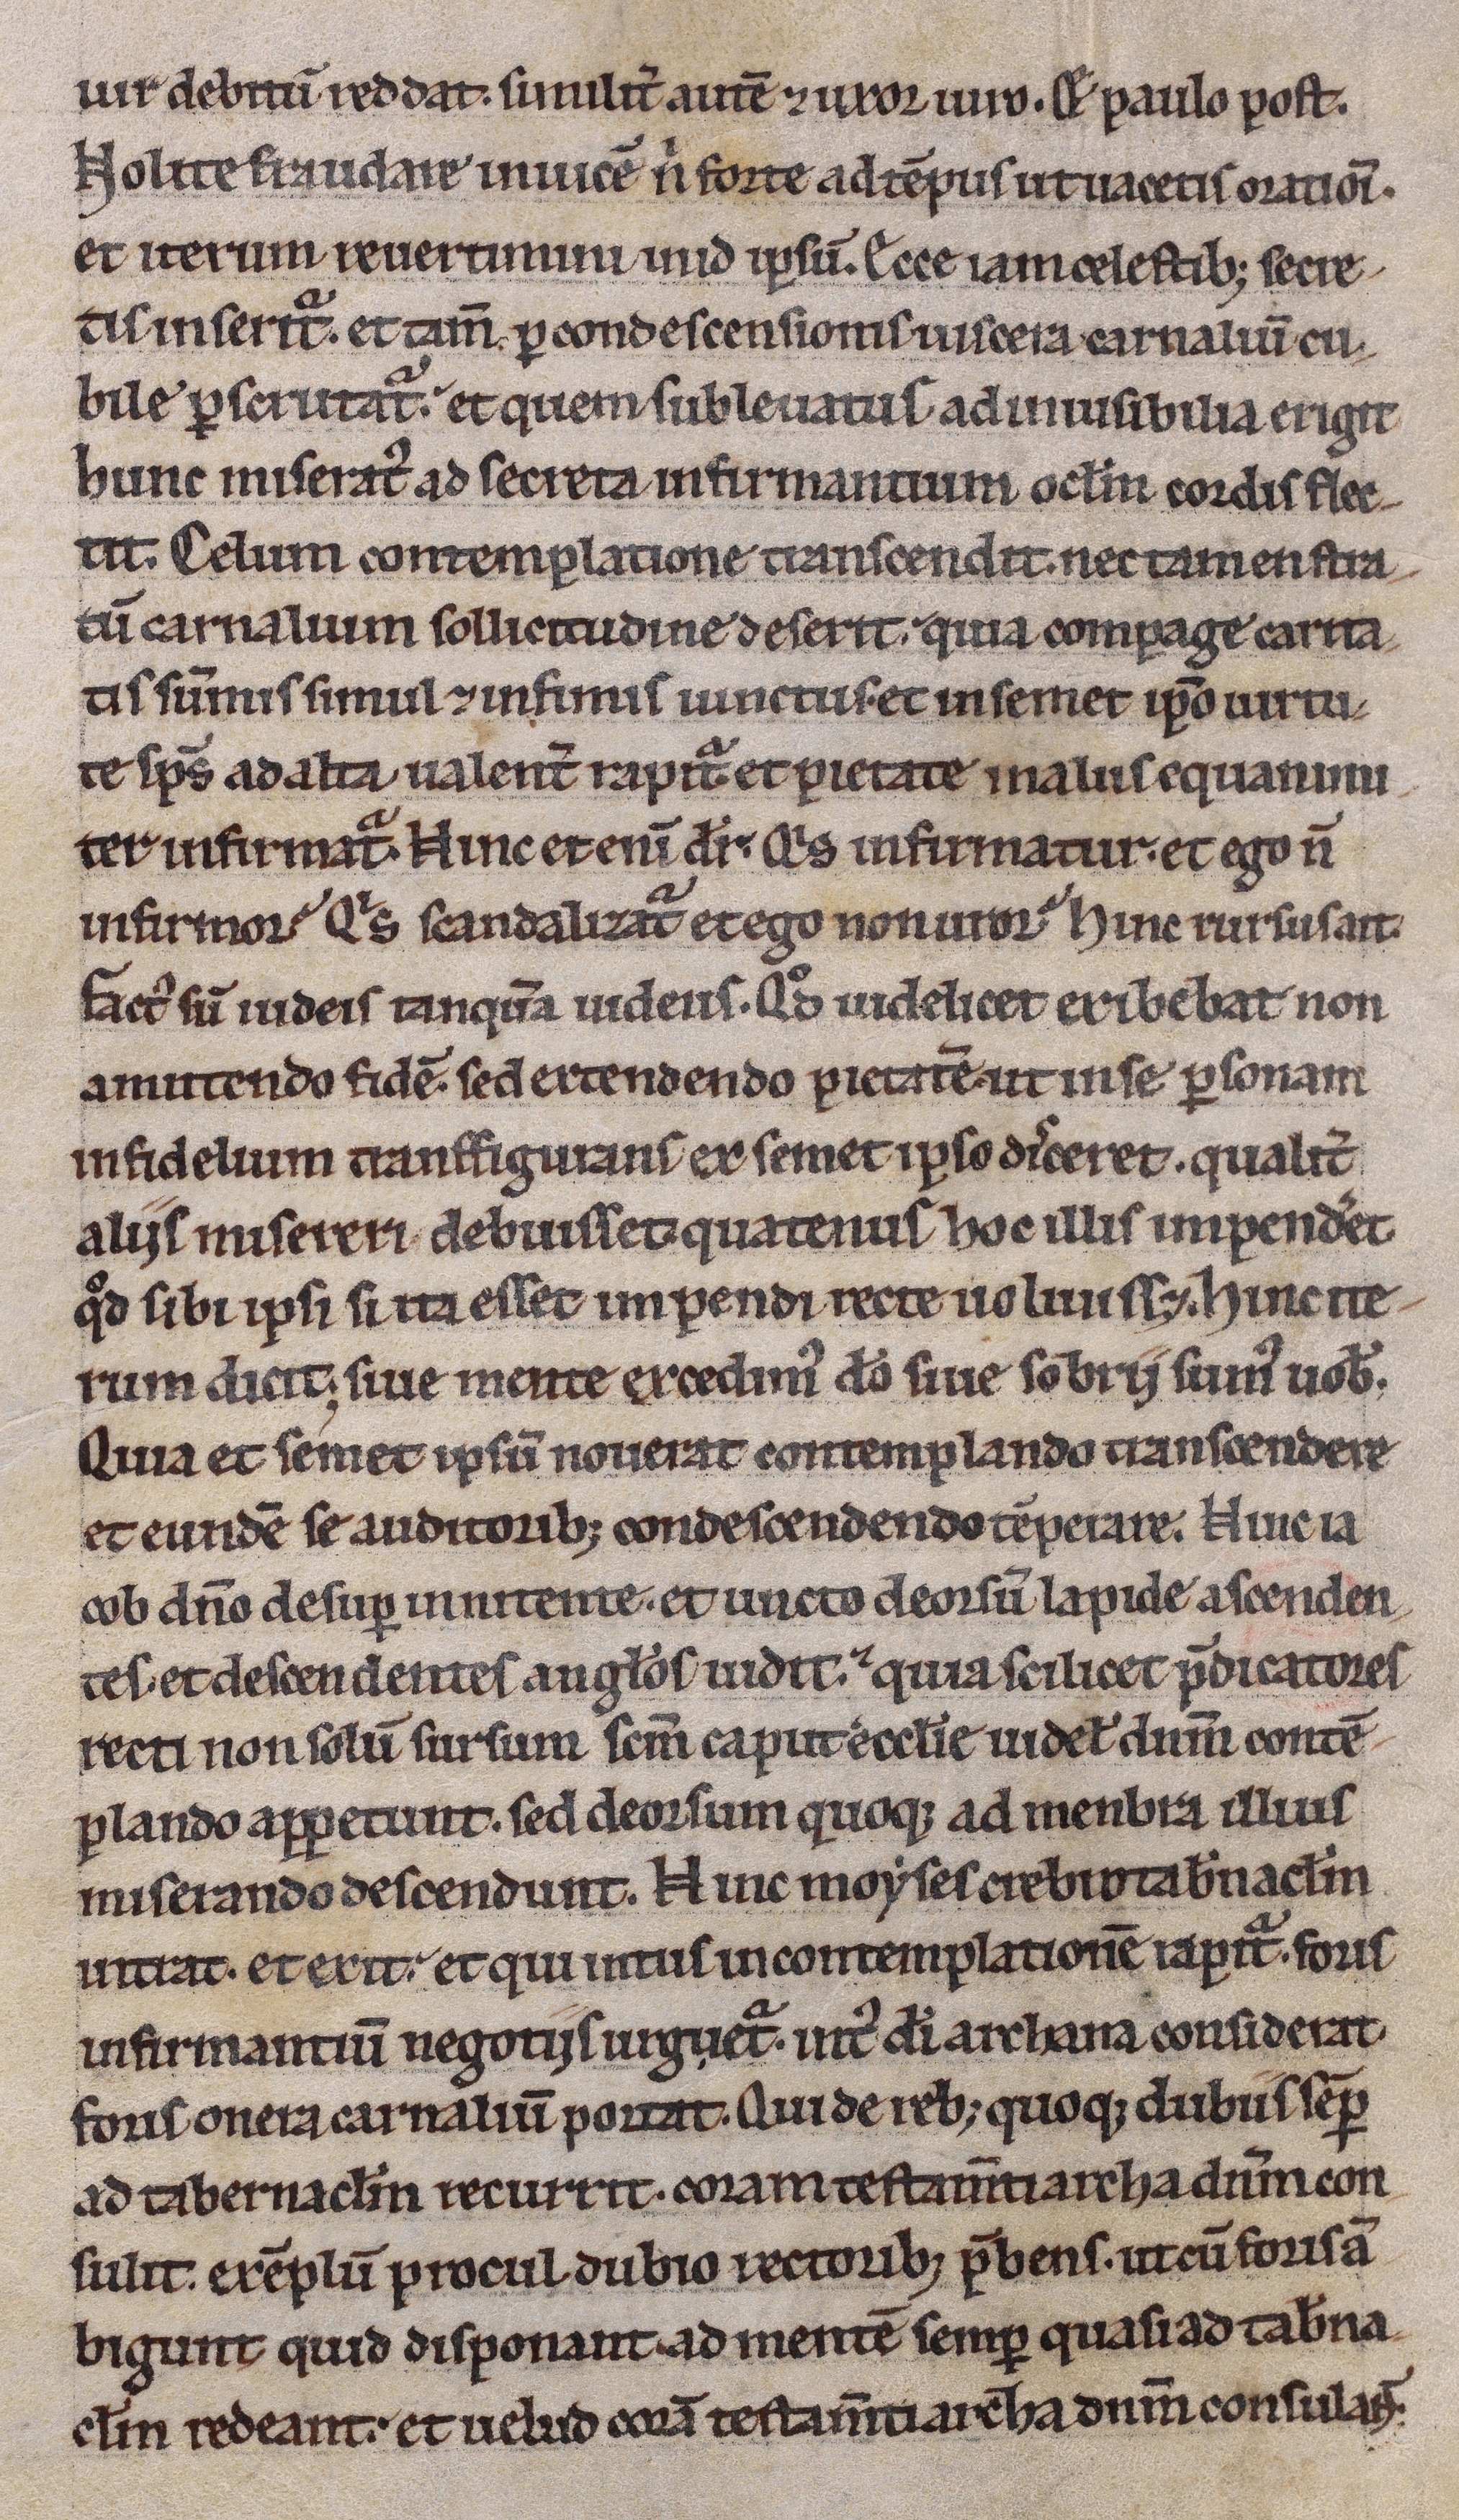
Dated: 1200–1230